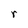
Character: r